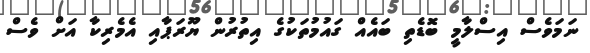
ނަމަވެސް އިސްލާމީ ބޮޑެތި ބައެއް ގައުމުތަކުގެ އިތުރުން ޔޫރަޕާއި އެމެރިކާ އަށް ވެސް